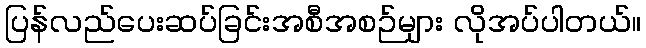
ပြန်လည်ပေးဆပ်ခြင်းအစီအစဉ်များ လိုအပ်ပါတယ်။